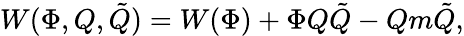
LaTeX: W(\Phi,Q,\tilde{Q})=W(\Phi)+\Phi Q\tilde{Q}-Qm\tilde{Q},